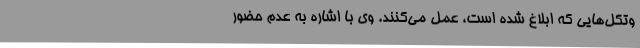
وتکل‌هایی که ابلاغ شده است، عمل می‌کنند. وی با اشاره به عدم حضور